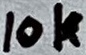
Text: 10k